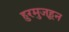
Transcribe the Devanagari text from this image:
हुरमुजहून